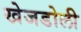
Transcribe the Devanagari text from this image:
खेजडोली